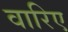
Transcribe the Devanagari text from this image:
वारिए